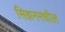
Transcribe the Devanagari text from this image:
सिझनमधील